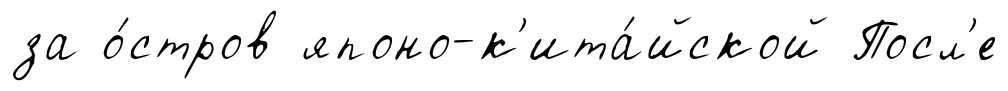
за о́стров японо-к'ита́йской Посл'е